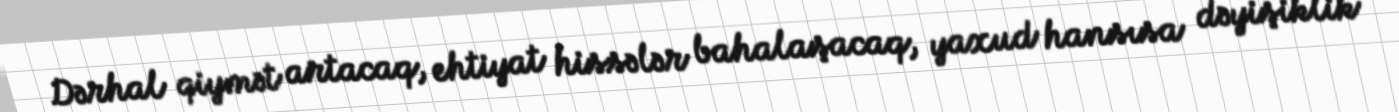
Dərhal qiymət artacaq, ehtiyat hissələr bahalaşacaq, yaxud hansısa dəyişiklik